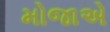
મોજાએ